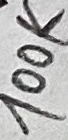
Text: 100K